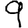
Digit: 9